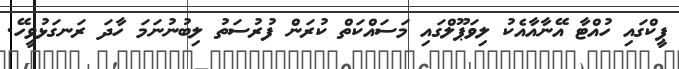
ޕީކްގައި ހުއްޓާ އޭނާއާއެކު ލިވަޕޫލްގައި މަސައްކަތް ކުރަން ފުރުސަތު ލިބުނުނަމަ ހާދަ ރަނގަޅުވީހޭ.